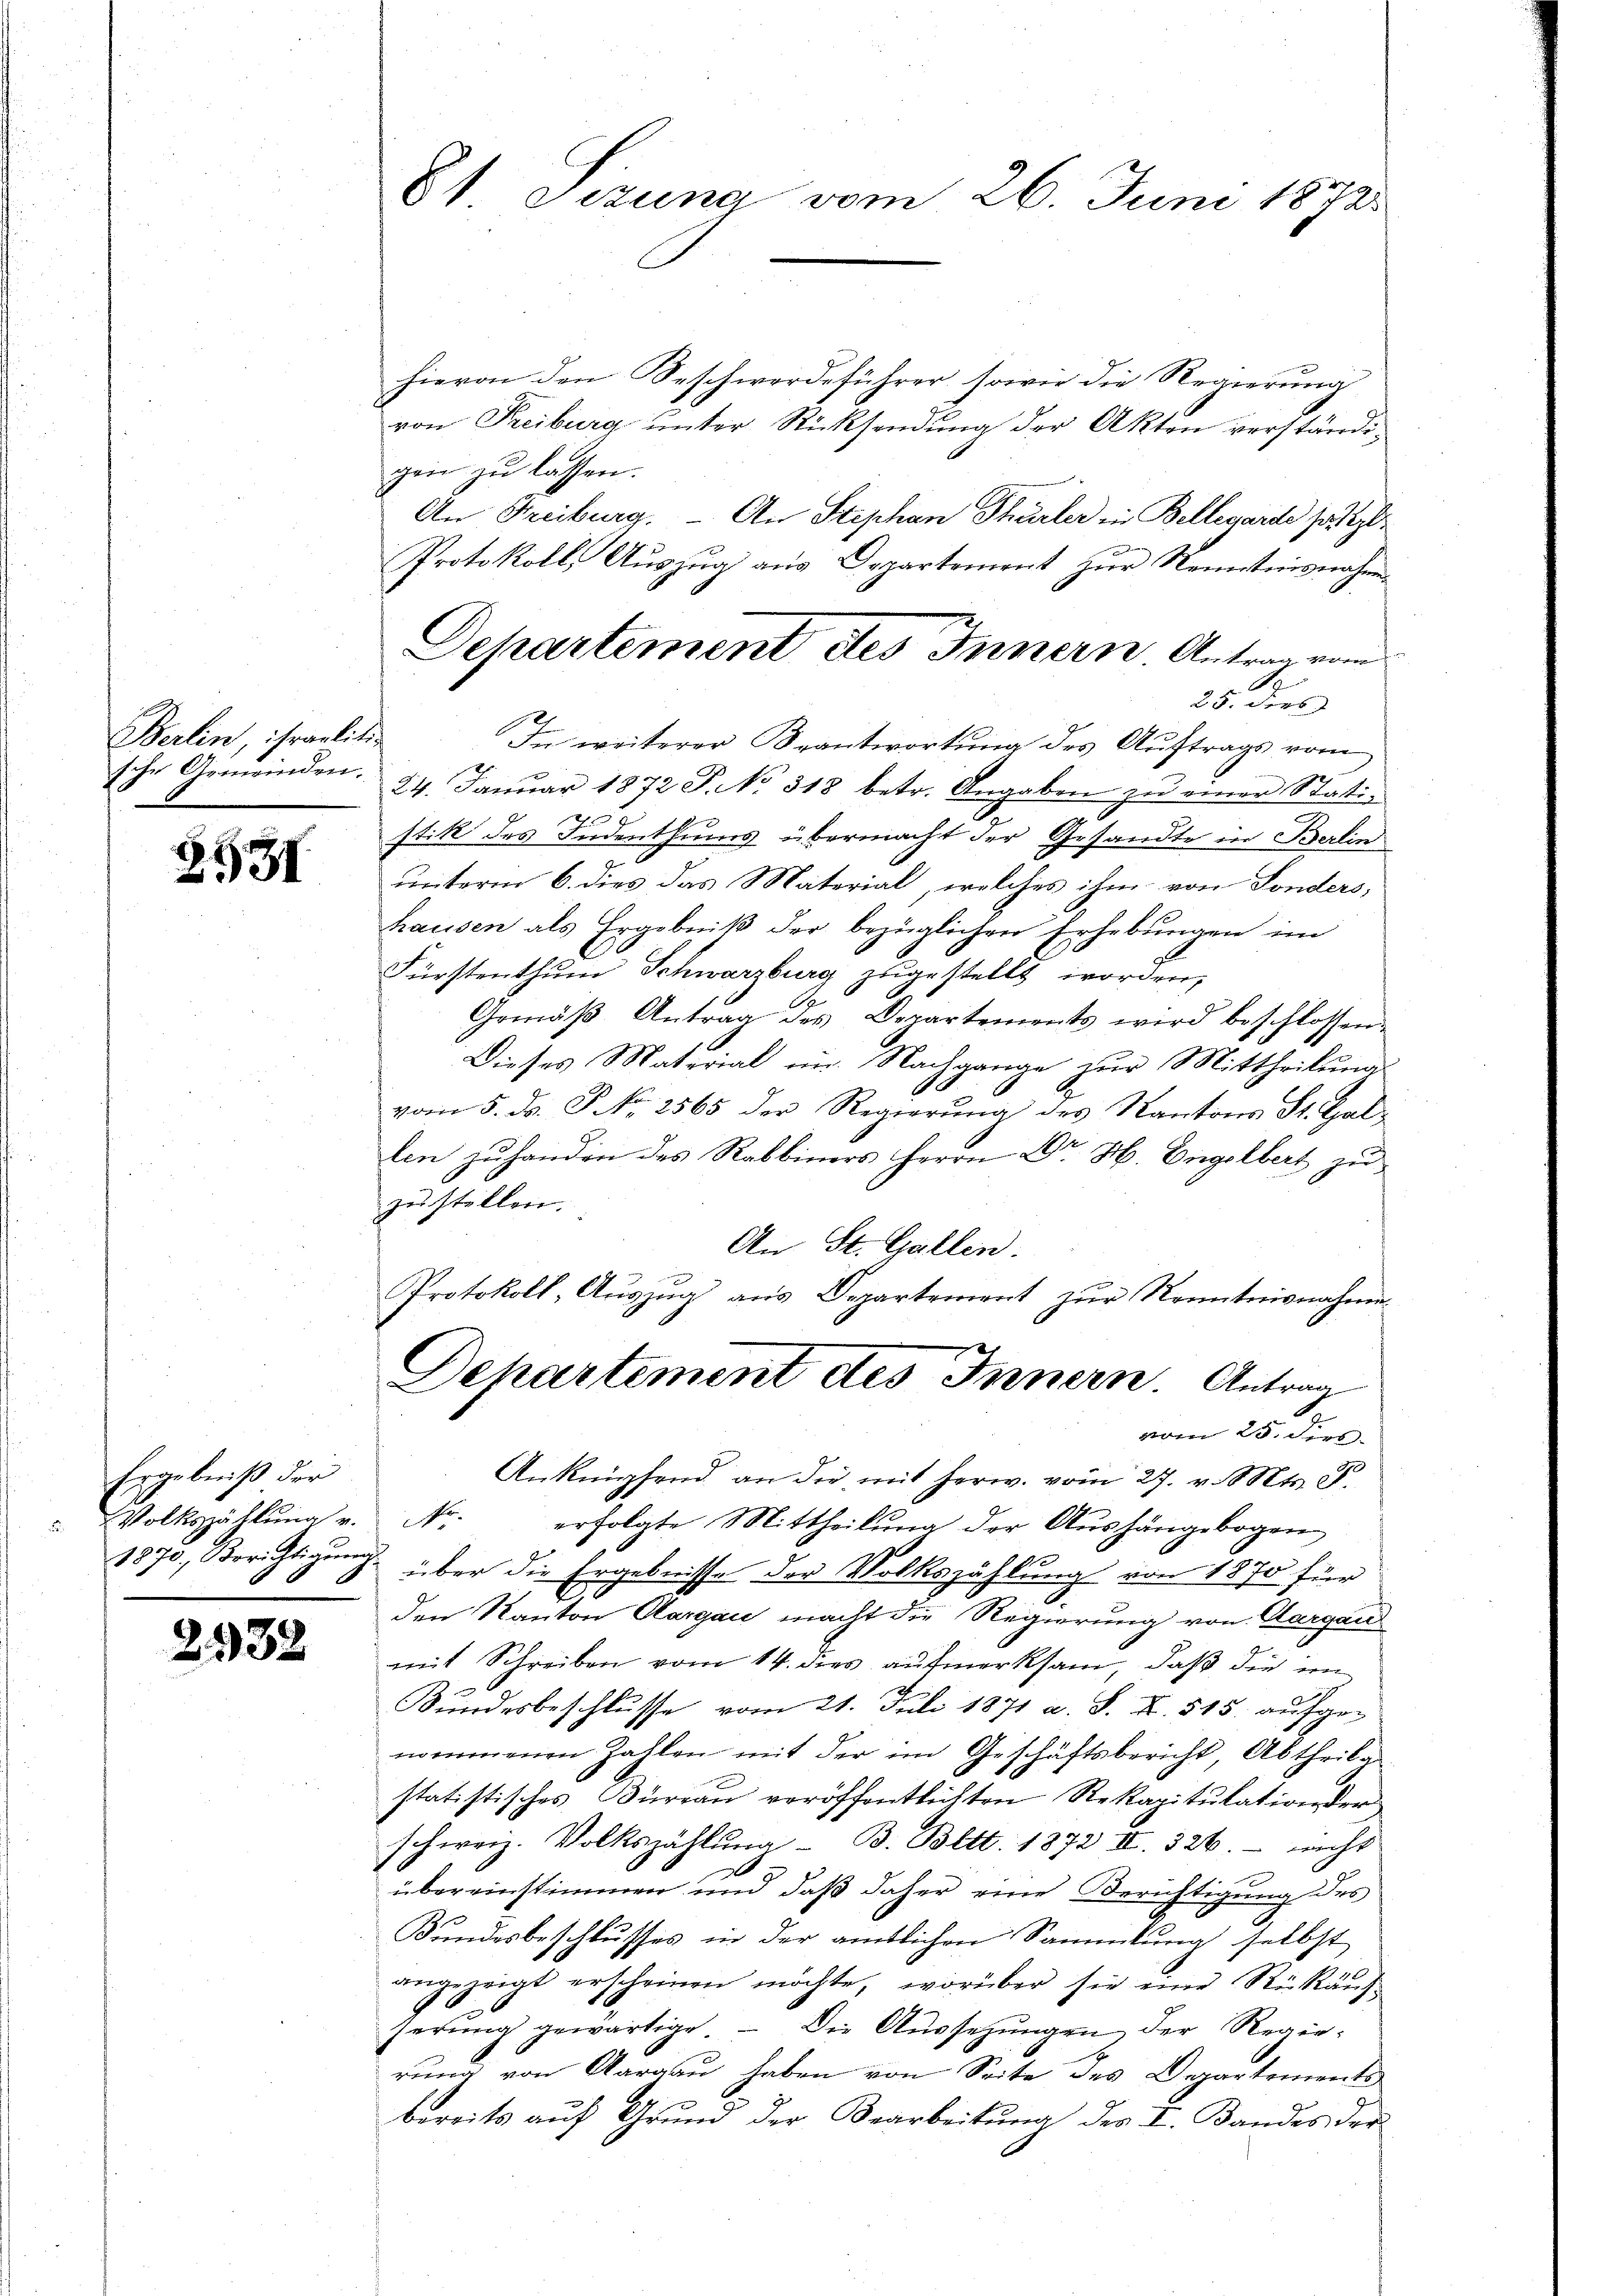
Berlin, israelitische Gemeinden.

3531

Ergebniß der

293.

2

81 Sizung vom 26. Juni 1873.

hievon den Beschwerdeführer sowie die Regierung
von Freiburg unter Rücksendung der Akten verständigen zu lassen.
An Freiburg. An Stephan Thürler in Bellegarde so g
Protokoll, Aŭszŭg aŭs Departement zŭr Kenntnisnahme
In weiterer Beantwortung des Auftrags vom
24. Janŭar 1872 P. No. 318 betr. Angaben zŭ einer Stati-
as
stik des Indenthums übermacht der Gesandte in Berlin
unterm 6. dies das Material, welches ihm von Sonders,
hausen als Ergebniβ der bezüglichen Erhebungen im
Fürstenthum Schwarzburg zugestellt worden,
Gemäβ Antrag des Departements wird beschlossen.
Dieses Material im Nachgange zur Mittheilung
vom 5. ds. P. Nr. 2565 der Regierung des Kantons St. Galden zu handen des Rabbiners Herrn Dr. H. Engelbert zu
zustellen.
An St. Gallen.
Protokoll, Auszug aus Departement zur Kenntnisnahme
Dehartement des Innern. Antrag
vom 25. Fert
Anknüpfend an die mit herw. vom 27. v. Mts. S.
Volkszählŭng v. Nr. erfolgte Mittheilŭng der Aŭshängebogen
1870, Berichtigung über die Ergebnisse der Volkszählung von 1870 für
den Kanton Aargau macht die Regierung von Aargau
mit Schreiben vom 14. dies aufmerksam, daß die im
Bundesbeschlusse vom 21. Juli 1871 a. S. X. 515. aufge-
nommenen Zahlen mit der im Geschäftsbericht, Abtheila
statistisches Büreau veröffentlichten Rekapitulation der
schweiz. Volkszählung - B. Bett. 1872 II. 326. - nicht
übereinstimmen und daß daher eine Berichtigung des
Bŭndesbeschlusses in der amtlichen Sammlung selbst
angezeigt erscheinen möchte, worüber sie eine Rükäng-
serŭng gewärtige. – Die Aussetzungen der Regierung von Aargau haben von Seite des Departements
bereits aŭf Grŭnd der Bearbeitŭng des I. Bandes der

Dehartement des Innern Antrag vom

25. Derb